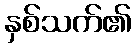
နှစ်သက်၏